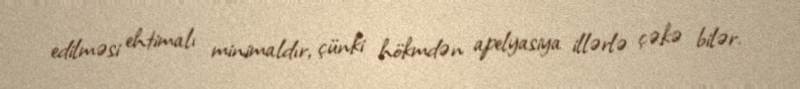
edilməsi ehtimalı minimaldır, çünki hökmdən apelyasiya illərlə çəkə bilər.